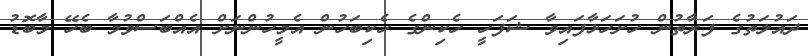
ދައުލަތުގެ ފަރާތުން ހުށަހަޅާފައިވާ ޝަފަހީ ހެކިންގެ ހެކިބަހުން އެމީހުންނަށް އެއްބަސްވުމާ ބެހޭ މާބޮޑު